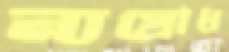
ন্যগ্রোধ